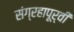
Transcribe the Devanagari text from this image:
संग्रहापूर्वी